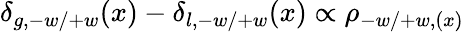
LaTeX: \delta_{g,-w/+w}(x)-\delta_{l,-w/+w}(x)\propto\rho_{-w/+w,(x)}